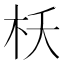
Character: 枖